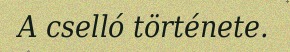
A cselló története.